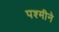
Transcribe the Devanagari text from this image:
पश्मीने